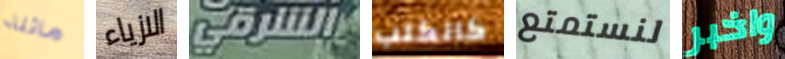
مائلة الازياء الشرقي كالكلب لنستمتع واخبر